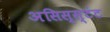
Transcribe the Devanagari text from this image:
असिस्स्टंट